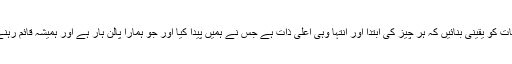
آیئے اس بات کو یقینی بنائیں کہ ہر چیز کی ابتدا اور انتہا وہی اعلی ذات ہے جس نے ہمیں پیدا کیا اور جو ہمارا پالن ہار ہے اور ہمیشہ قائم رہنے والا ہے۔